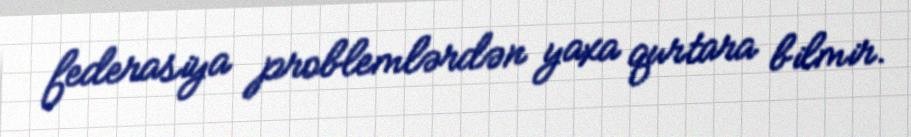
federasiya problemlərdən yaxa qurtara bilmir.